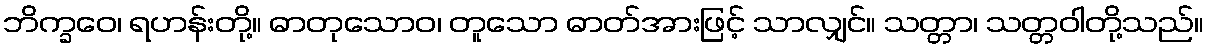
ဘိက္ခဝေ၊ ရဟန်းတို့။ ဓာတုသောဝ၊ တူသော ဓာတ်အားဖြင့် သာလျှင်။ သတ္တာ၊ သတ္တဝါတို့သည်။